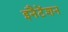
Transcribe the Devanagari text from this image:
इनैटेंशन